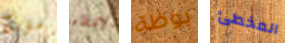
منزلكم الخطاء بوظة المخطئ